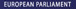
EUROPEAN PARLLAMENT